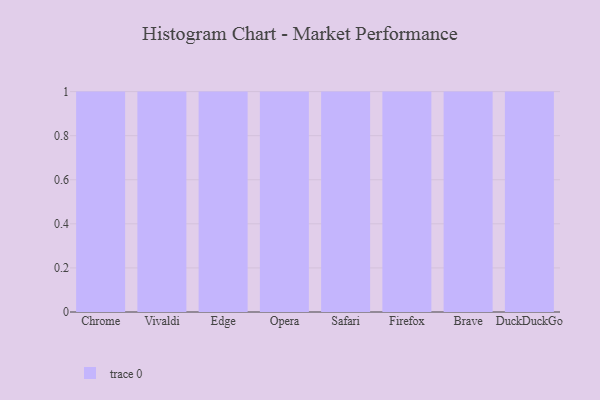
{"axis": {"x": "Browser", "y": "Operating Costs (USD K)"}, "legend": [""], "data": [{"x": "Chrome", "y": 78, "type": ""}, {"x": "Vivaldi", "y": 8, "type": ""}, {"x": "Edge", "y": 64, "type": ""}, {"x": "Opera", "y": 95, "type": ""}, {"x": "Safari", "y": 80, "type": ""}, {"x": "Firefox", "y": 89, "type": ""}, {"x": "Brave", "y": 99, "type": ""}, {"x": "DuckDuckGo", "y": 29, "type": ""}]}